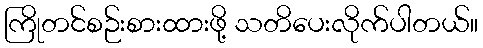
ကြိုတင်စဉ်းစားထားဖို့ သတိပေးလိုက်ပါတယ်။